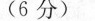
(6分)